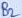
Text: B2